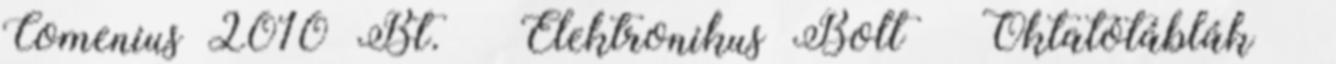
Comenius 2010 Bt. » Elektronikus Bolt » Oktatótáblák »